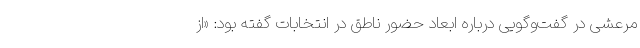
مرعشی در گفت‌وگویی درباره ابعاد حضور ناطق در انتخابات گفته بود: «از